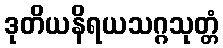
ဒုတိယနိရယသဂ္ဂသုတ္တံ